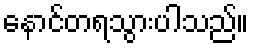
နောင်တရသွားပါသည်။